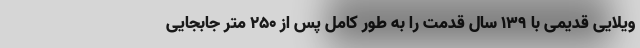
ویلایی قدیمی با 139 سال قدمت را به طور کامل پس از 250 متر جابجایی